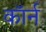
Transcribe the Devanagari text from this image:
कॉर्न